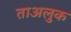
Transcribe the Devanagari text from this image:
ताअलुक